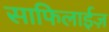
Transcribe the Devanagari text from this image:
साफिलाईज़